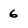
Character: 6